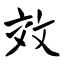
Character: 效